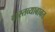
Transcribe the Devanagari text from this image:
वास्तव्याबाबत